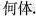
何体。